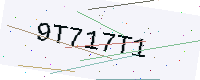
Text: 9T717T1